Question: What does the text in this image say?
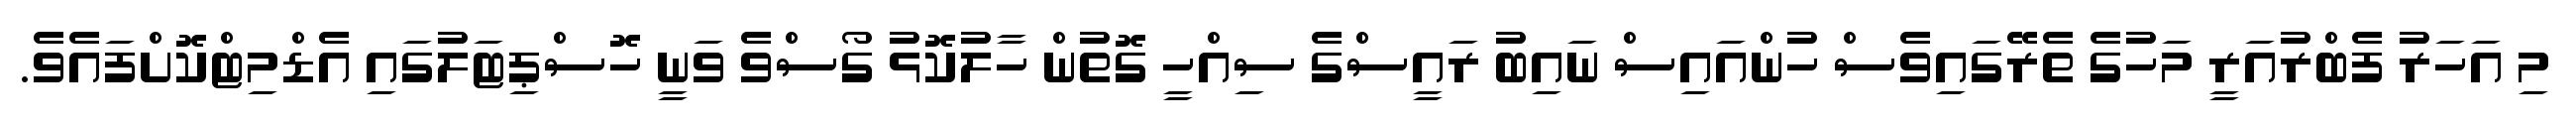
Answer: މި އަހަރު ފެބްރުއަރީ މަހުގެ ތެރޭގައިވެސް ހުންއައިސް ނައިބު ރައީސްގެ ސިއްހީ ގޮތުން ހާލުކޮޅު ގޯސްވެ ވަނީ ހޮސްޕިޓަލުގައި އެޑްމިޓްކޮށްފައެވެ.